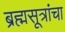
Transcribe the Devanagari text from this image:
ब्रह्मसूत्रांचा